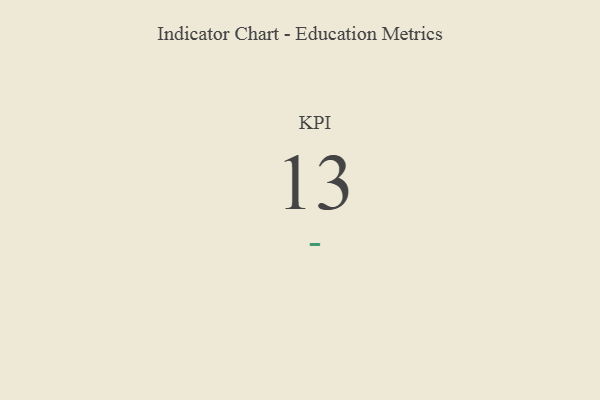
{"axis": {"x": "KPI", "y": "Value"}, "legend": [""], "data": [{"x": "KPI", "y": 13, "type": ""}]}